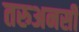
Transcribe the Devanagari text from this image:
तरुअनसी